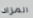
المزاد